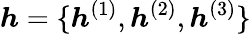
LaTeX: {\boldsymbol{h}}=\{ {\boldsymbol{h}}^{(1)},{\boldsymbol{h}}^{(2)},{\boldsymbol{h}}^{(3)}\}